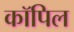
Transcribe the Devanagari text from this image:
कॉपिल